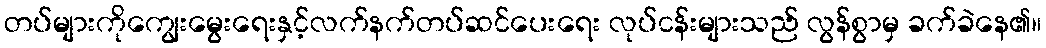
တပ်များကိုကျွေးမွေးရေးနှင့်လက်နက်တပ်ဆင်ပေးရေး လုပ်ငန်းများသည် လွန်စွာမှ ခက်ခဲနေ၏။